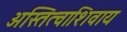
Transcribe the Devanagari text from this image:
अस्तित्वाशिवाय